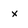
Character: x